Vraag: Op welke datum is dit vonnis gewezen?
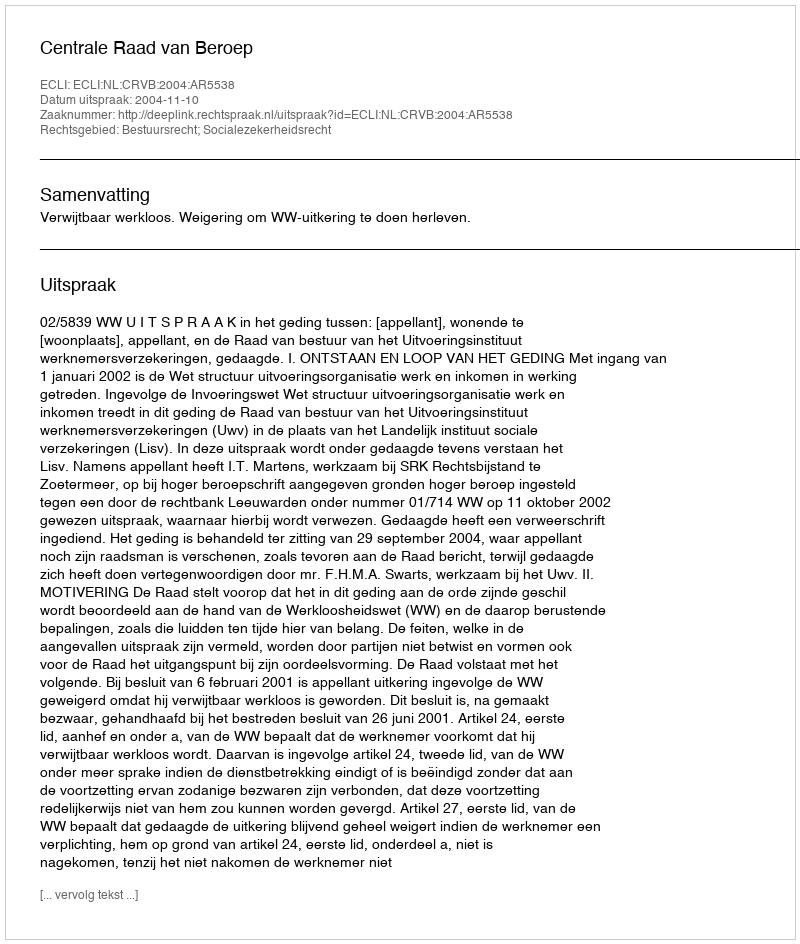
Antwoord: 2004-11-10